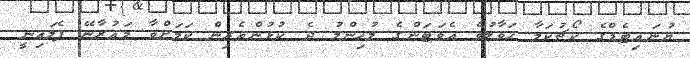
ޔުނައިޓެޑްގެ ކޯޗުކަމާ ހަވާލުވެ އެވަޓަންގެ މުހިންމު ދެ ކުޅުންތެރިން ކަމަށްވާ މައުރާނޭ ފެލައިނީ